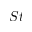
S t